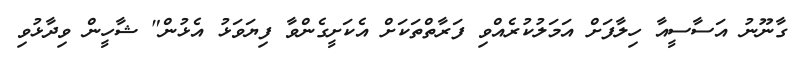
ގާނޫނު އަސާސީއާ ހިލާފަށް އަމަލުކުރެއްވި ފަރާތްތަކަށް އެކަށީގެންވާ ފިޔަވަޅު އެޅުން" ޝާހީން ވިދާޅުވި